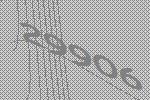
29906